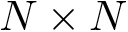
N \times N